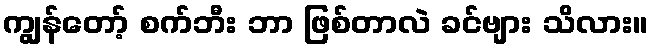
ကျွန်တော့် စက်ဘီး ဘာ ဖြစ်တာလဲ ခင်ဗျား သိလား။